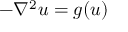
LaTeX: - \nabla ^ { 2 } u = g ( u )